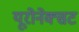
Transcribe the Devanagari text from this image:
यूरोनेक्सट